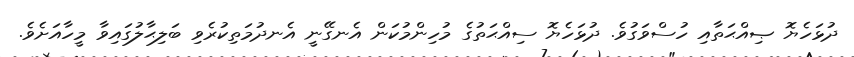
ދުޅަހެޔޮ ޞިއްޙަތާއި ހުސްވަގުވެ. ދުޅަހެޔޮ ސިއްޙަތުގެ މުހިންމުކަން އެނގޭނީ އެނދުމަތިކުރެވި ބަލިޙާލުގައިވާ މީހާއަށެވެ.